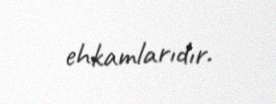
ehkamlarıdır.